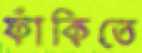
ফাঁকিতে